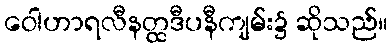
ဝေါဟာရလီနတ္ထဒီပနီကျမ်း၌ ဆိုသည်။